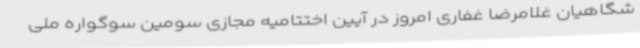
شگاهیان غلامرضا غفاری امروز در آیین اختتامیه مجازی سومین سوگواره ملی